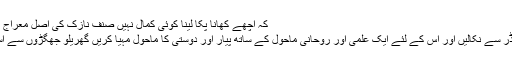
کہ اچھے کھانا پکا لینا کوئی کمال نہیں صنف نازک کی اصل معراج اولاد،قوم اور نسلوں کی تربیت ہے-
میری گزارش ہے کہ بچے کو اس ڈر سے نکالیں اور اس کے لئے ایک علمی اور روحانی ماحول کے ساتھ پیار اور دوستی کا ماحول مہیا کریں گھریلو جھگڑوں سے اسے دور رکھیں،محبت سے نوازے۔